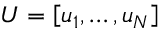
U = \left[ \boldsymbol { u } _ { 1 } , \ldots , \boldsymbol { u } _ { N } \right]